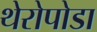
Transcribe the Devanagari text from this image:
थेरोपोडा